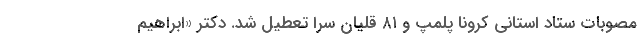
مصوبات ستاد استانی کرونا پلمپ و ۸۱ قلیان سرا تعطیل شد. دکتر «ابراهیم